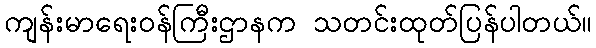
ကျန်းမာရေးဝန်ကြီးဌာနက သတင်းထုတ်ပြန်ပါတယ်။